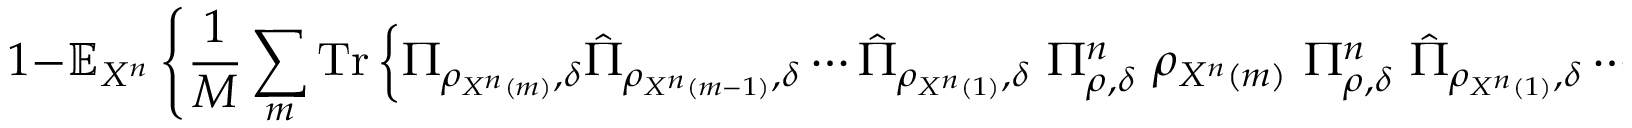
1 - \mathbb { E } _ { X ^ { n } } \left\{ { \frac { 1 } { M } } \sum _ { m } { \mathrm { T r } } \left\{ \Pi _ { \rho _ { X ^ { n } \left( m \right) } , \delta } { \hat { \Pi } } _ { \rho _ { X ^ { n } \left( m - 1 \right) } , \delta } \cdots { \hat { \Pi } } _ { \rho _ { X ^ { n } \left( 1 \right) } , \delta } \ \Pi _ { \rho , \delta } ^ { n } \ \rho _ { X ^ { n } \left( m \right) } \ \Pi _ { \rho , \delta } ^ { n } \ { \hat { \Pi } } _ { \rho _ { X ^ { n } \left( 1 \right) } , \delta } \cdots { \hat { \Pi } } _ { \rho _ { X ^ { n } \left( m - 1 \right) } , \delta } \Pi _ { \rho _ { X ^ { n } \left( m \right) } , \delta } \right\} \right\}